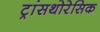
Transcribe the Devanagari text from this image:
ट्रांसथोरेसिक